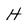
Character: H